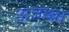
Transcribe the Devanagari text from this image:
ऊजव्या